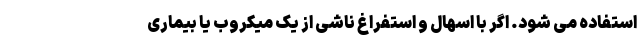
استفاده می شود. اگر با اسهال و استفراغ ناشی از یک میکروب یا بیماری